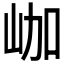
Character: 𡶐